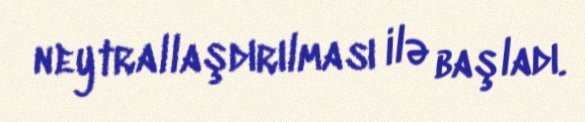
neytrallaşdırılması ilə başladı.